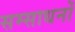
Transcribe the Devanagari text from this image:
सम्साधनों